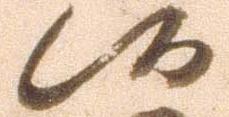
候